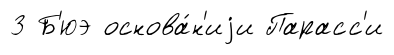
3 Б'юэ основа́н'иjи Парасс'и